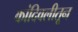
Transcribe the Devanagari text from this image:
कांदिवलीतून